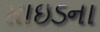
સાઇડના